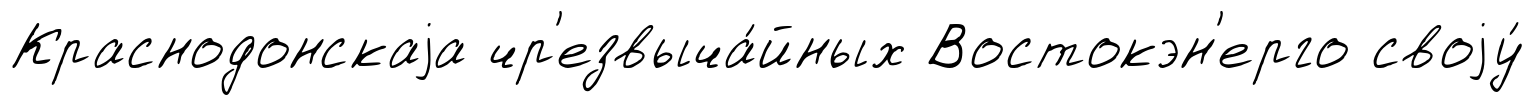
Краснодонскаjа чр'езвыча́йных Востокэн'ерго своjу́